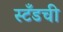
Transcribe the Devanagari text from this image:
स्टँडची